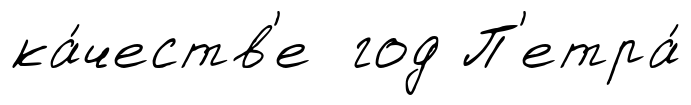
ка́честв'е год П'етра́